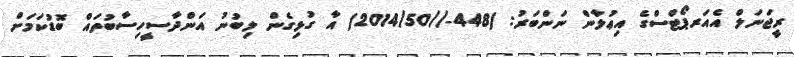
ރީޖަނަލް އެއަރޕޯޓްސްގެ އިޢުލާން ނަންބަރު: )448-//2014/50) އާ ގުޅިގެން ލިބުނު އަންދާސީހިސާބުތައް ބޮޑުކަމަށް